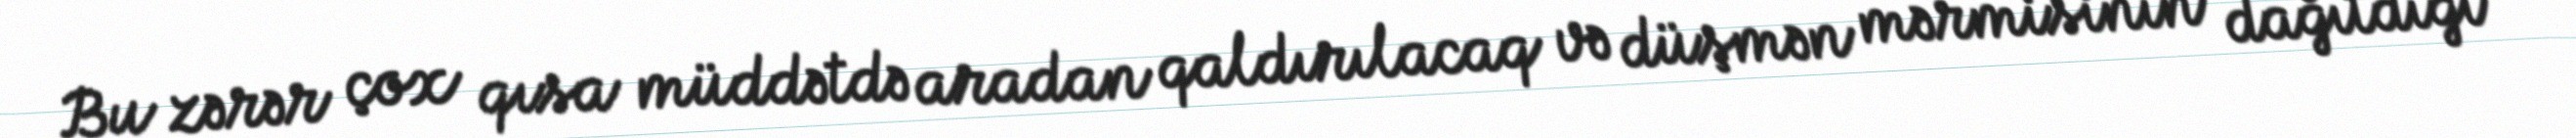
Bu zərər çox qısa müddətdə aradan qaldırılacaq və düşmən mərmisinin dağıtdığı